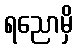
ရညောမှိ